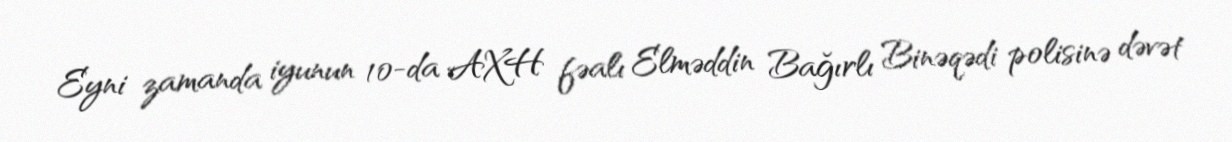
Eyni zamanda iyunun 10-da AXH fəalı Elməddin Bağırlı Binəqədi polisinə dəvət